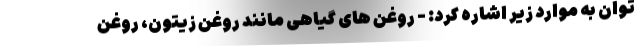
توان به موارد زیر اشاره کرد: - روغن های گیاهی مانند روغن زیتون، روغن